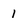
Character: 1